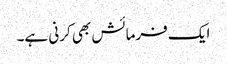
ایک فرمائش بھی کرنی ہے۔